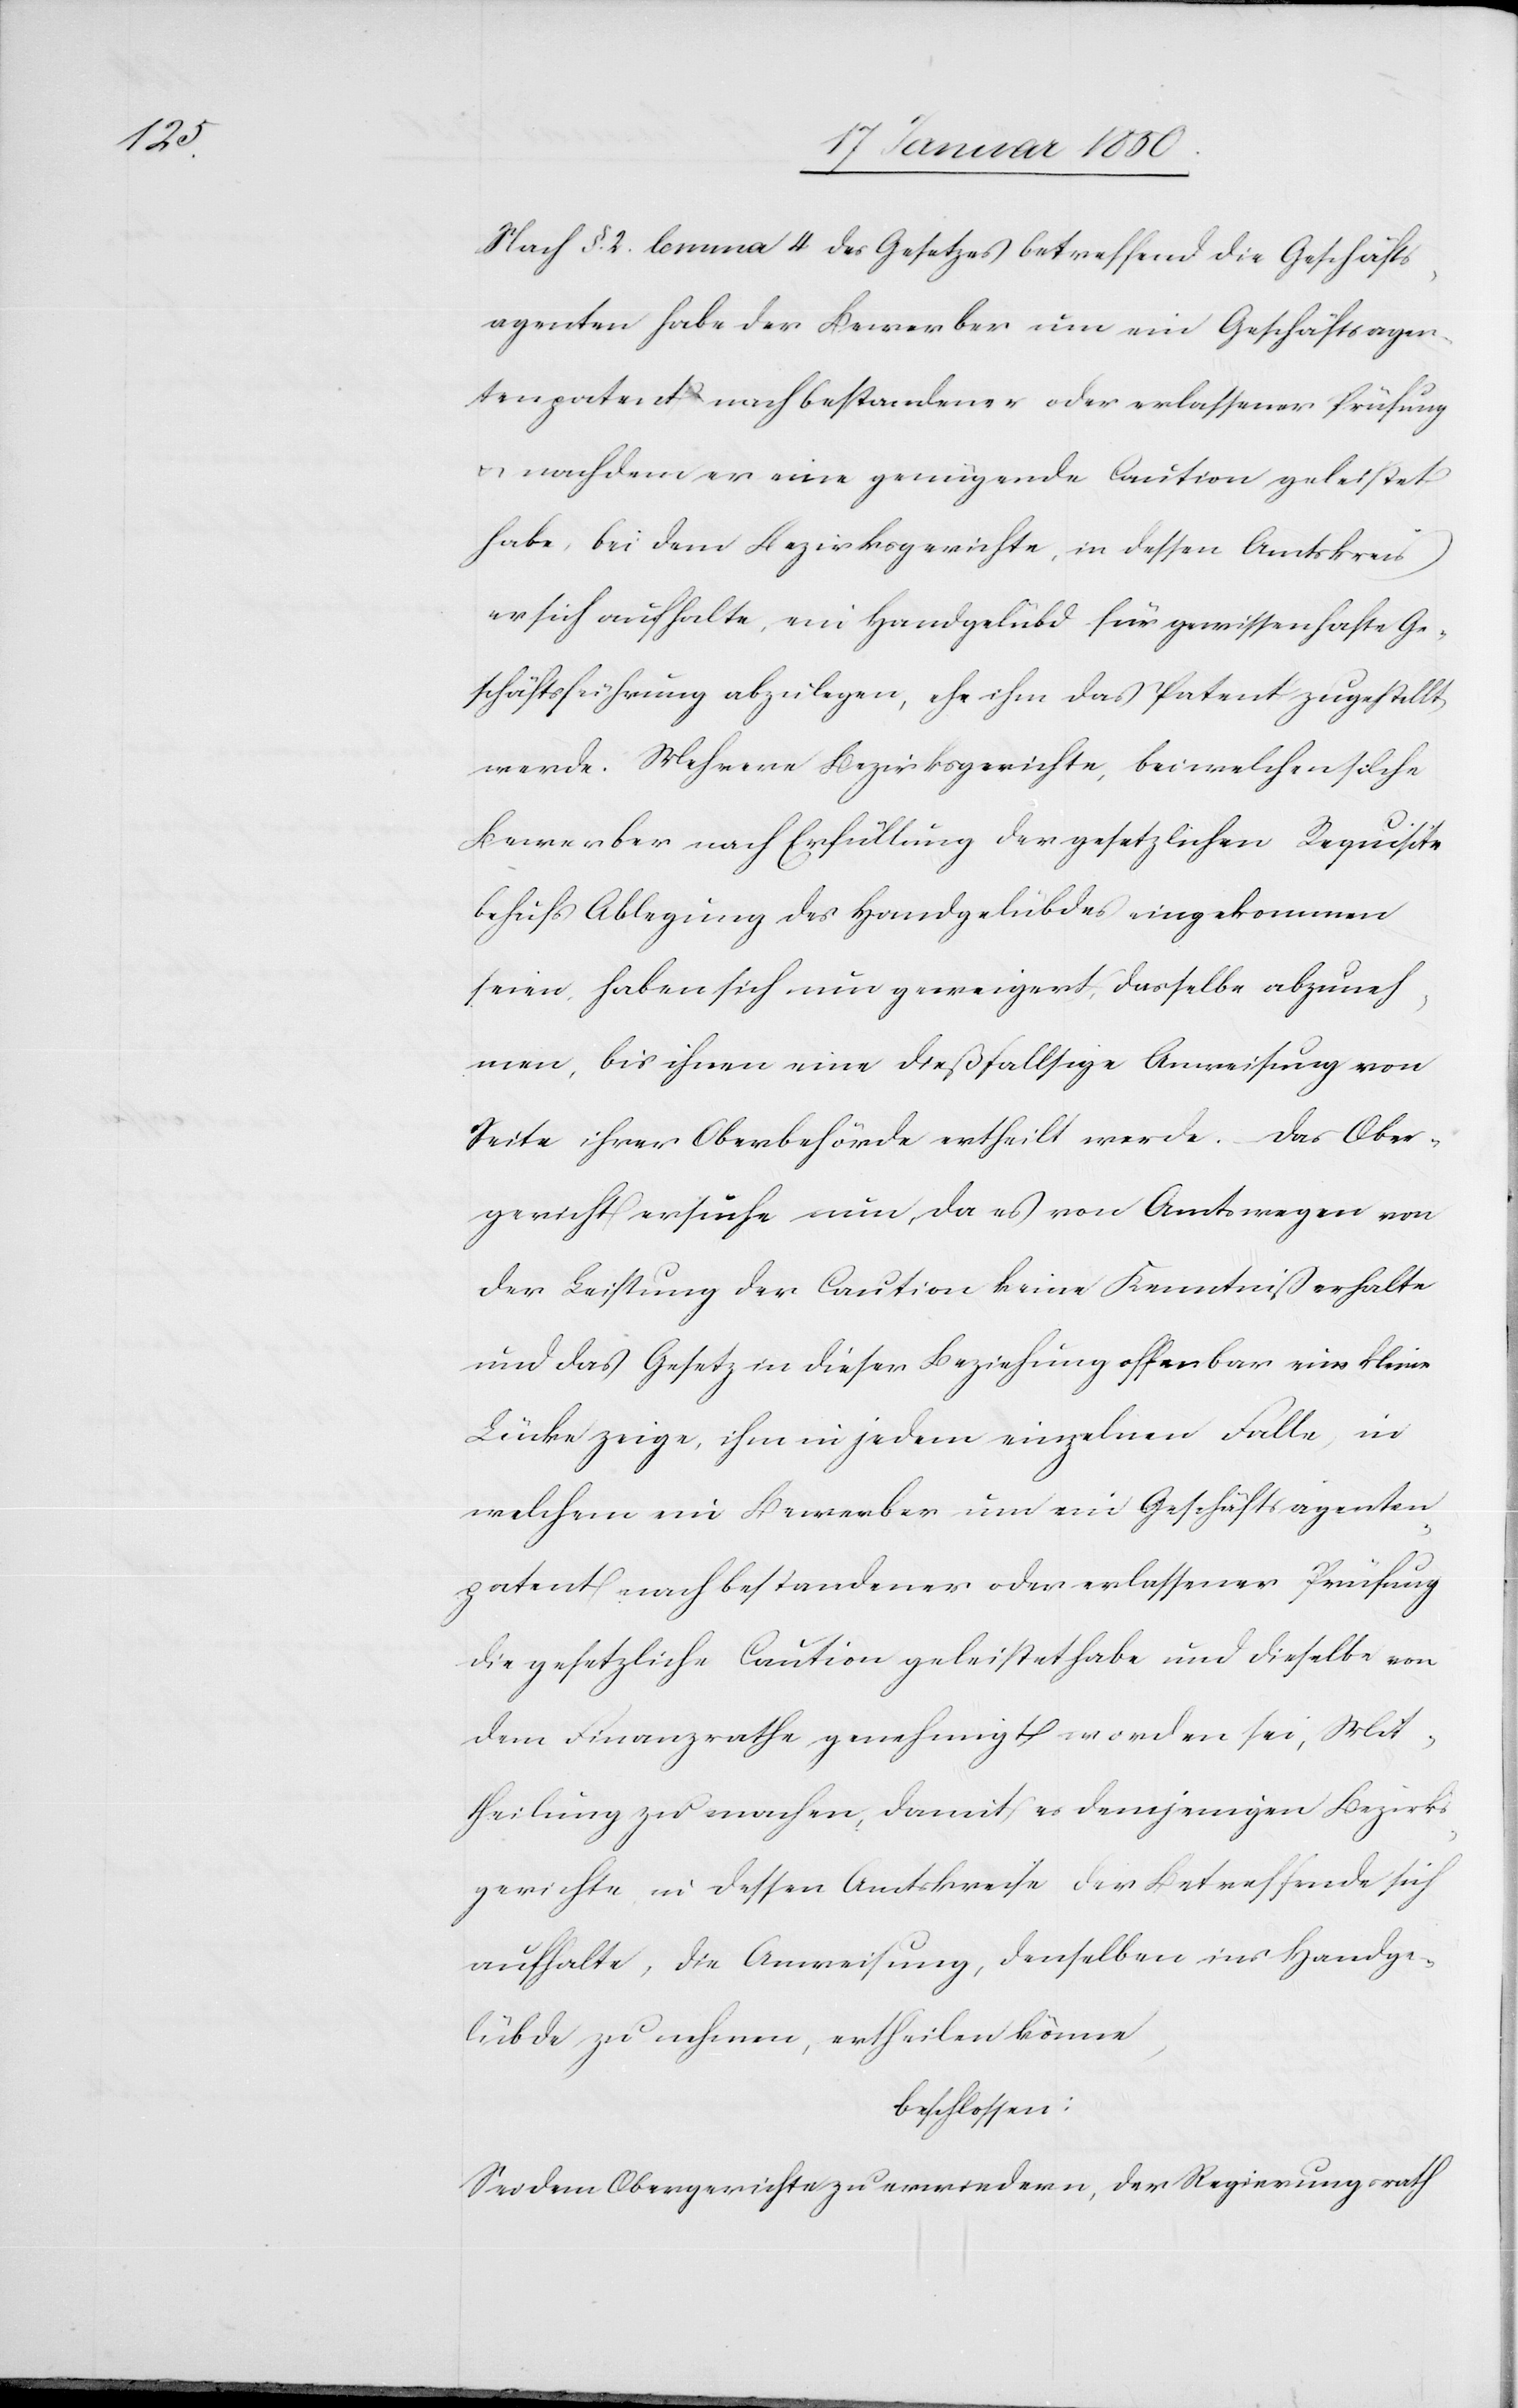
Nach §. 2. lemma 4. des Gesetzes betreffend die Geschäfts¬
agenten habe der Bewerber um ein Geschäftsagen¬
tenpatent nach bestandener oder erlassener Prüfung
u. nachdem er eine genügende Caution geleistet
habe, bei dem Bezirksgerichte, in dessen Amtskreis
er sich aufhalte, ein Handgelübd für gewissenhafte Ge¬
schäftsführung abzulegen, ehe ihm das Patent zugestellt
werde. Mehrere Bezirksgerichte, bei welchen solche
Bewerber nach Erfüllung der gesetzlichen Requisite
behufs Ablegung des Handgelübdes eingekommen
seien haben sich nun geweigert, dasselbe abzuneh¬
men, bis ihnen eine dießfallsige Anweisung von
Seite ihrer Oberbehörde ertheilt werde. Das Ober¬
gericht ersuche nun, da es von Amtswegen von
der Leistung der Caution keine Kenntniß erhalte
und das Gesetz in dieser Beziehung offenbar eine kleine
Lücke zeige, ihm in jedem einzelnen Falle, in
welchem ein Bewerber um ein Geschäftsagenten¬
patent nach bestandener oder erlassener Prüfung
die gesetzliche Caution geleistet habe und dieselbe von
dem Finanzrathe genehmigt worden sei, Mit¬
theilung zu machen, damit es demjenigen Bezirks¬
gericht in dessen Amtskreise der Betreffende sich
aufhalte, die Anweisung, denselben ins Handge¬
lübde zu nehmen, ertheilen könne,
beschlossen:
Sei dem Obergerichte zu erwiedern, der Regierungsrath